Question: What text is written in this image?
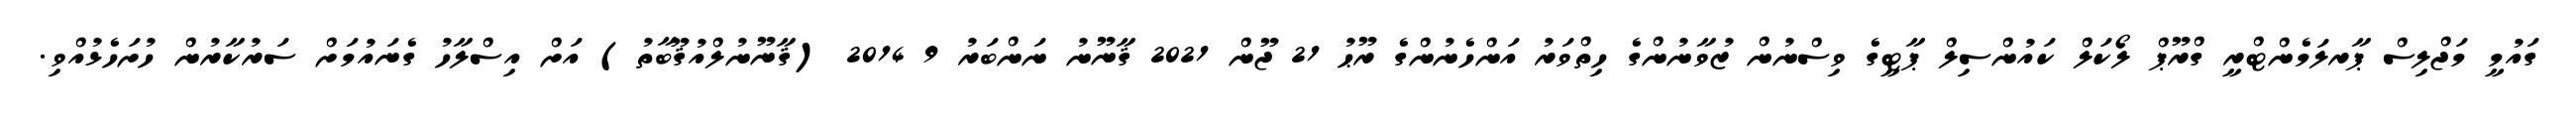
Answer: ގައުމީ މަޖްލިސް ޕާރލަމެންޓްރީ ގްރޫޕް ލޯކަލް ކައުންސިލް ޕާޓީގެ ވިސްނުން ޒުވާނުންގެ ހިތްވަރު އަންހެނުންގެ ރޫޙު 21 ޖޫން 2021 ޤާނޫނު ނަންބަރު 9 2014 (ޤާނޫނުލްއުޤޫބާތު) އަށް އިސްލާހު ގެނައުމަށް ސަރުކާރުން ހުށަހެޅުއްވި.